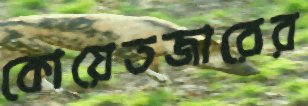
কোয়েতজারের